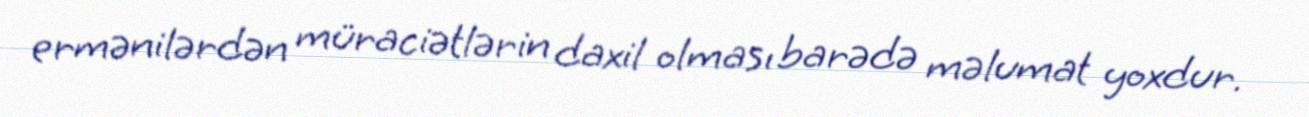
ermənilərdən müraciətlərin daxil olması barədə məlumat yoxdur.